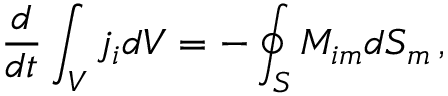
\frac { d } { d t } \int _ { V } j _ { i } d V = - \oint _ { S } M _ { i m } d S _ { m } \, ,